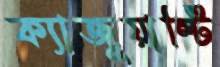
ক্যাজুয়াল্টি